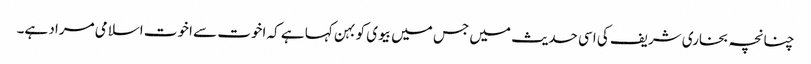
چنانچہ بخاری شریف کی اسی حدیث میں جس میں بیوی کو بہن کہا ہے کہ اخوت سے اخوت اسلامی مراد ہے۔